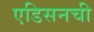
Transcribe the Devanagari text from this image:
एडिसनची